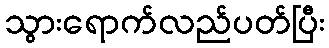
သွားရောက်လည်ပတ်ပြီး